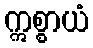
ဣစ္စာယံ